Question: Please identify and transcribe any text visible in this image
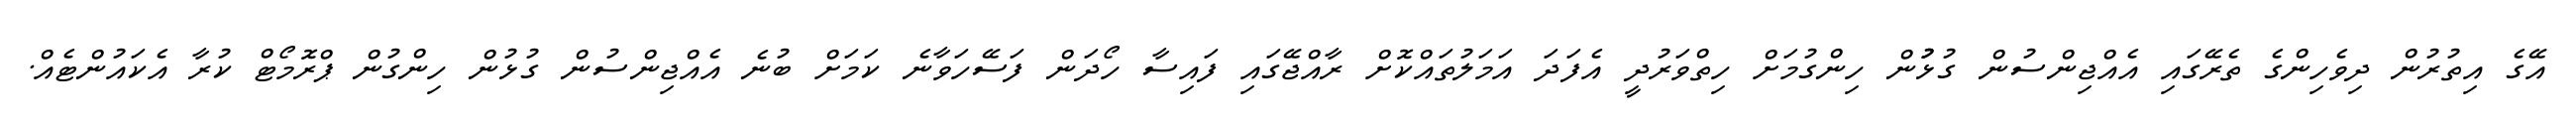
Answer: އޭގެ އިތުރުން ދިވެހިންގެ ތެރޭގައި އެއްޖިންސުން ގުޅުުން ހިންގުމަށް ހިތްވަރުދީ އެފަދަ އަމަލުތައްކޮށް ރާއްޖޭގައި ފައިސާ ހޯދަން ފަސޭހަވާނެ ކަމަށް ބުނެ އެއްޖިންސުން ގުޅުން ހިންގުން ޕްރޮމޯޓް ކުރާ އެކައުންޓެއް.